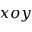
x o y